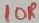
Text: 10R